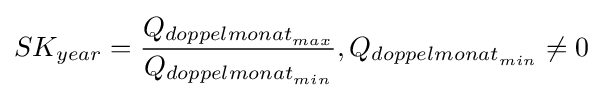
SK_{year}={Q_{{doppelmonat}_{max}} \over {Q_{{doppelmonat}_{min}}}},{Q_{{doppelmonat}_{min}}}\neq 0